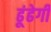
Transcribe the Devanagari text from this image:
ढूंढेगी